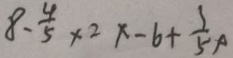
8 - \frac { 4 } { 5 } \times 2 x - 6 + \frac { 3 } { 5 } x